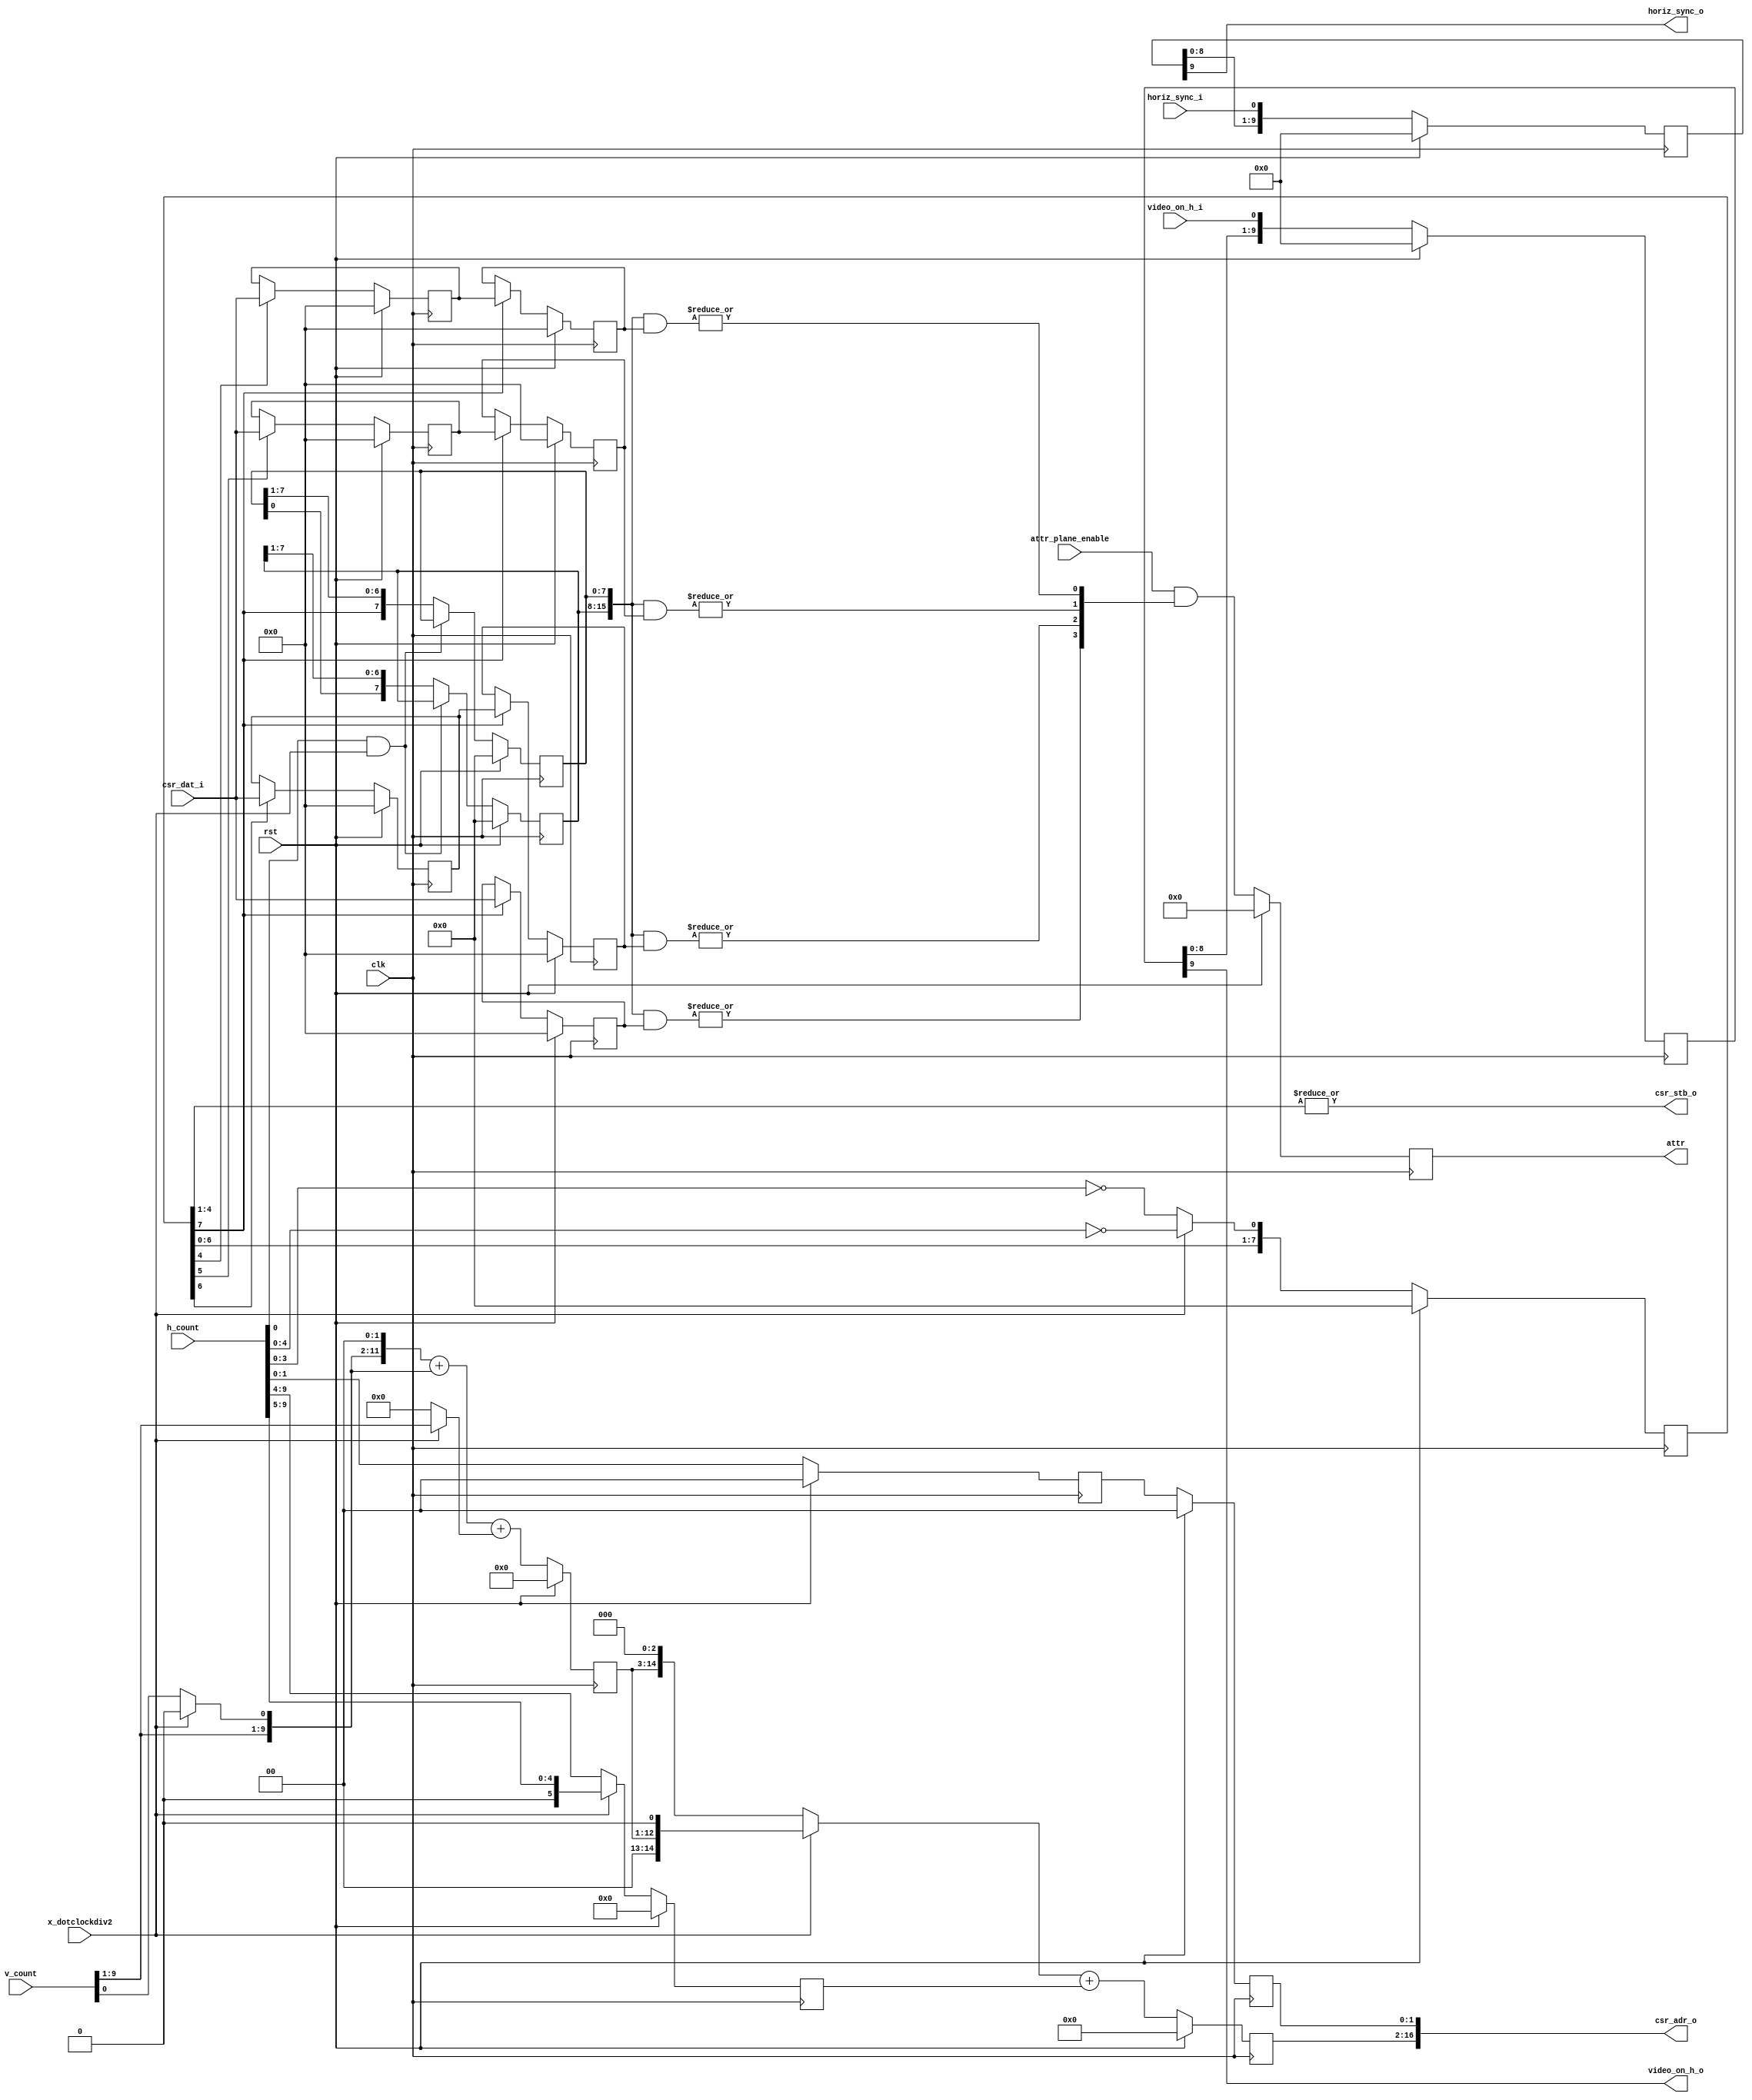
module vga_planar (
    input clk,
    input rst,
    output [17:1] csr_adr_o,
    input  [15:0] csr_dat_i,
    output        csr_stb_o,
    input [3:0] attr_plane_enable,
    input       x_dotclockdiv2,
    input [9:0] h_count,
    input [9:0] v_count,
    input       horiz_sync_i,
    input       video_on_h_i,
    output      video_on_h_o,
    output reg [3:0] attr,
    output           horiz_sync_o
  );
  reg [11:0] row_addr;
  reg [ 5:0] col_addr;
  reg [14:0] word_offset;
  reg [ 1:0] plane_addr0;
  reg [ 1:0] plane_addr;
  reg [15:0] plane0;
  reg [15:0] plane0_tmp;
  reg [15:0] plane1;
  reg [15:0] plane1_tmp;
  reg [15:0] plane2;
  reg [15:0] plane2_tmp;
  reg [15:0] plane3;
  reg [ 7:0] bit_mask0;
  reg [ 7:0] bit_mask1;
  wire [15:0] bit_mask;
  wire        v_count0;
  wire bit3, bit2, bit1, bit0;
  reg [9:0] video_on_h;
  reg [9:0] horiz_sync;
  reg [7:0] pipe;
  assign csr_adr_o = { word_offset, plane_addr };
  assign bit_mask  = { bit_mask1, bit_mask0 };
  assign bit0 = |(bit_mask & plane0);
  assign bit1 = |(bit_mask & plane1);
  assign bit2 = |(bit_mask & plane2);
  assign bit3 = |(bit_mask & plane3);
  assign video_on_h_o = video_on_h[9];
  assign horiz_sync_o = horiz_sync[9];
  assign csr_stb_o    = |pipe[4:1];
  assign v_count0     = x_dotclockdiv2 ? 1'b0 : v_count[0];
  always @(posedge clk)
    pipe <= rst ? 8'b0 : { pipe[6:0],
      x_dotclockdiv2 ? (h_count[4:0]==5'h0) : (h_count[3:0]==4'h0) };
  always @(posedge clk)
    video_on_h <= rst ? 10'b0 : { video_on_h[8:0], video_on_h_i };
  always @(posedge clk)
    horiz_sync <= rst ? 10'b0 : { horiz_sync[8:0], horiz_sync_i };
  always @(posedge clk)
    if (rst)
      begin
        row_addr    <= 12'h0;
        col_addr    <= 6'h0;
        plane_addr0 <= 2'b00;
        word_offset <= 15'h0;
        plane_addr  <= 2'b00;
      end
    else
      begin
        row_addr <= { v_count[9:1], v_count0, 2'b00 } + { v_count[9:1], v_count0 }
                  + (x_dotclockdiv2 ? v_count[9:1] : 9'h0);
        col_addr <= x_dotclockdiv2 ? h_count[9:5] : h_count[9:4];
        plane_addr0 <= h_count[1:0];
        word_offset <= (x_dotclockdiv2 ? { row_addr, 1'b0 }
                                       : { row_addr, 3'b000 }) + col_addr;
        plane_addr  <= plane_addr0;
      end
  always @(posedge clk)
    if (rst)
      begin
        plane0_tmp <= 16'h0;
        plane1_tmp <= 16'h0;
        plane2_tmp <= 16'h0;
      end
    else
      begin
        plane0_tmp <= pipe[4] ? csr_dat_i : plane0_tmp;
        plane1_tmp <= pipe[5] ? csr_dat_i : plane1_tmp;
        plane2_tmp <= pipe[6] ? csr_dat_i : plane2_tmp;
     end
  always @(posedge clk)
    if (rst)
      begin
        plane0 <= 16'h0;
        plane1 <= 16'h0;
        plane2 <= 16'h0;
        plane3 <= 16'h0;
      end
    else
      begin
        plane0 <= pipe[7] ? plane0_tmp : plane0;
        plane1 <= pipe[7] ? plane1_tmp : plane1;
        plane2 <= pipe[7] ? plane2_tmp : plane2;
        plane3 <= pipe[7] ? csr_dat_i : plane3;
      end
  always @(posedge clk)
    if (rst)
      begin
        bit_mask0 <= 8'h0;
        bit_mask1 <= 8'h0;
      end
    else
      begin
        bit_mask0 <= (h_count[0] & x_dotclockdiv2) ? bit_mask0
                   : { pipe[7], bit_mask0[7:1] };
        bit_mask1 <= (h_count[0] & x_dotclockdiv2) ? bit_mask1
                   : { bit_mask0[0], bit_mask1[7:1] };
      end
  always @(posedge clk)
    attr <= rst ? 4'h0 : (attr_plane_enable & { bit3, bit2, bit1, bit0 });
endmodule